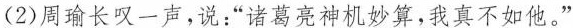
(2)周瑜长叹一声，说：”诸葛亮神机妙算，我真不如他。”